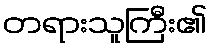
တရားသူကြီး၏